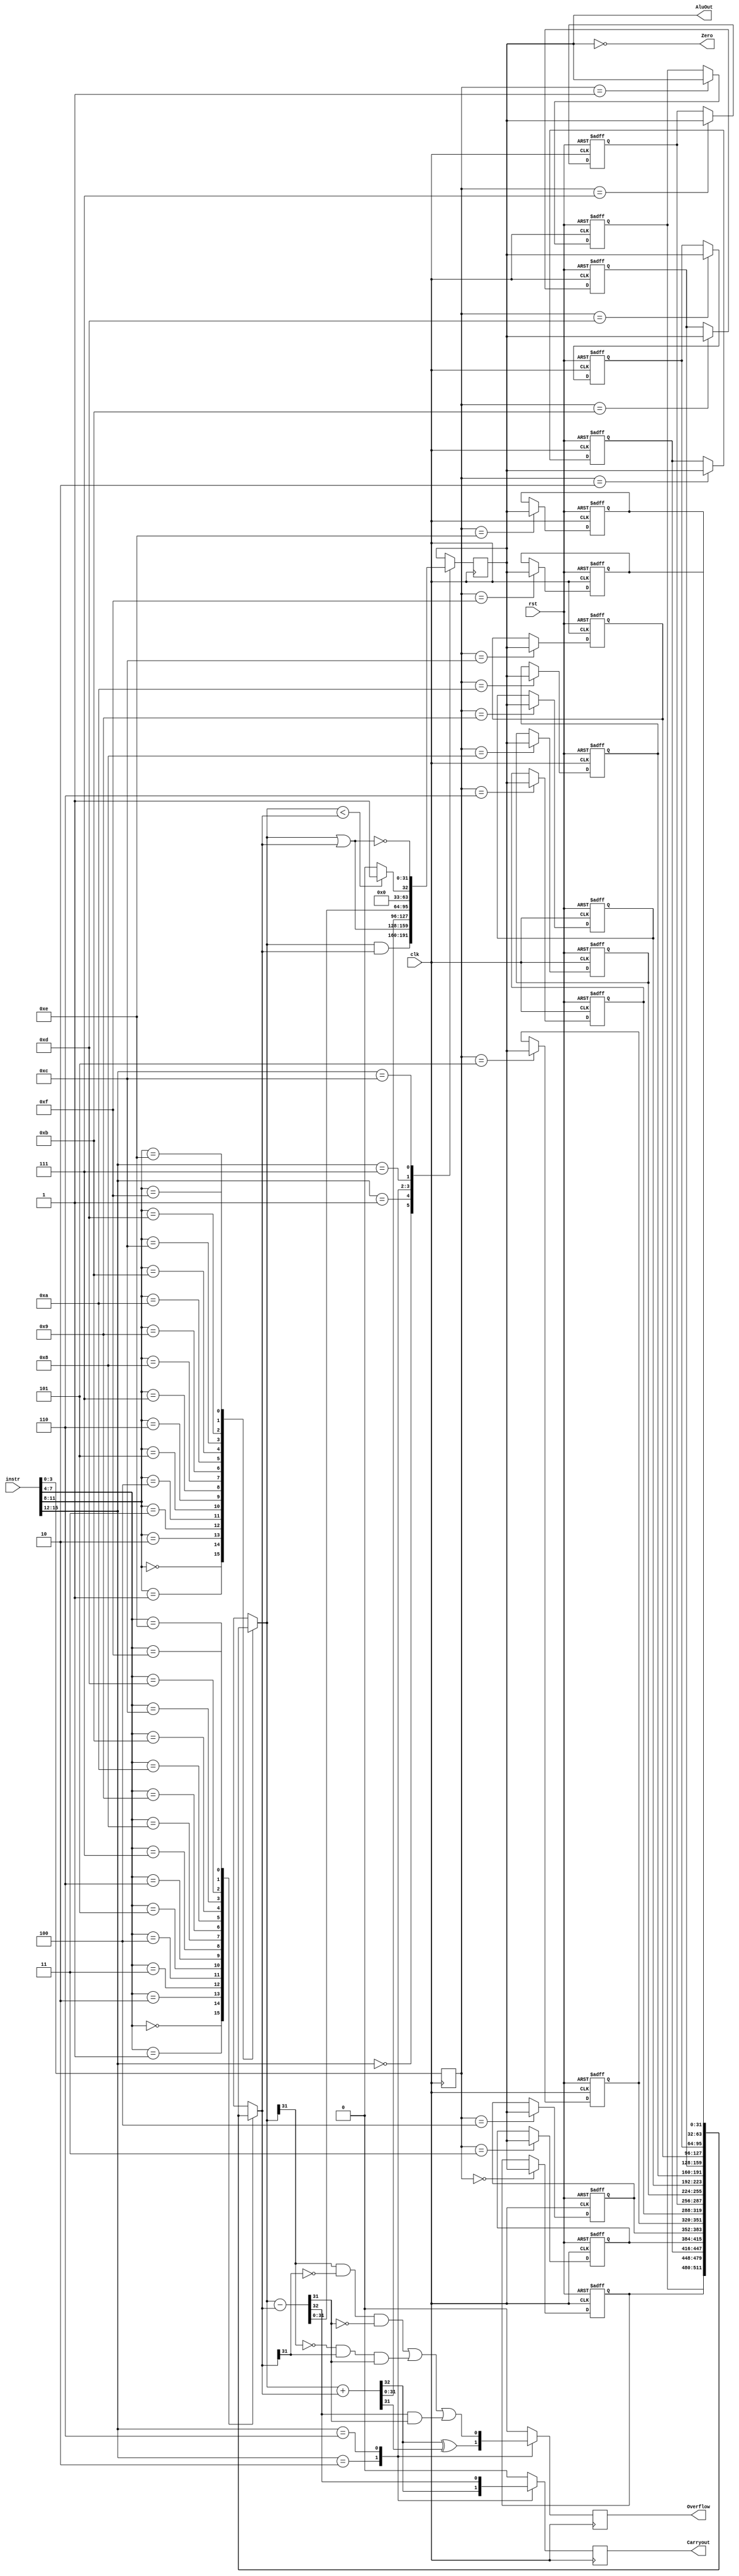
module pipealu(instr,AluOut, Zero,clk,Carryout,Overflow,rst);
	input [15:0] instr;
	input clk;
	input rst;
	output reg [31:0] AluOut;
	output Zero;
	output reg Carryout;
	output reg Overflow;
	wire [31:0] IFID_A;
	wire [31:0] IFID_B;
	wire [3:0] IFID_ALU_ctl;
	wire [3:0] IFID_dest;
	reg [31:0] EX_A;
	reg [31:0] EX_B;
	reg [3:0] EX_ALU_ctl;
	reg [3:0] EX_dest;
	reg [31:0] regfile[15:0];
	
	assign IFID_ALU_ctl = instr[15:12];
	assign IFID_A = regfile[instr[11:8]];
	assign IFID_B = regfile[instr[7:4]];
	assign IFID_dest = instr[3:0];
	assign Zero = (AluOut==0);
	
	
	always@(posedge clk or negedge rst)//first stage
	begin
	if(!rst)
		begin
			regfile[0] <= 32'd1;
			regfile[1] <= 32'd2;
			regfile[2] <= 32'd3;
			regfile[3] <= 32'd4;
			regfile[4] <= 32'd5;
			regfile[5] <= 32'd6;
			regfile[6] <= 32'd7;
			regfile[7] <= 32'd8;
			regfile[8] <= 32'd9;
			regfile[9] <= 32'd10;
			regfile[10] <= 32'd11;
			regfile[11] <= 32'd12;
			regfile[12] <= 32'd13;
			regfile[13] <= 32'd14;
			regfile[14] <= 32'd15;
			regfile[15] <= 32'd16;
		end
	else
		begin
			regfile[EX_dest] <= AluOut;
		end
	end

	always@(posedge clk)
	begin
		EX_ALU_ctl = IFID_ALU_ctl;
		EX_A = IFID_A;
		EX_B = IFID_B;
		EX_dest = IFID_dest;
		case(IFID_ALU_ctl)
			0: 
			begin
				AluOut = EX_A & EX_B;
				Carryout = 0;
				Overflow = 0;
			end 
			1: 
			begin
				AluOut = EX_A | EX_B;
				Carryout = 0;
				Overflow = 0;
			end
			2: 
			begin
				{Carryout,AluOut} = EX_A + EX_B;
				Overflow = Carryout ^ AluOut[31];
			end
			6: 
			begin
				{Carryout,AluOut} = EX_A - EX_B;
				Overflow=((EX_A[31]&!EX_B[31])&!AluOut[31])
						|((!EX_A[31]&EX_B[31])&AluOut[31])
						|Carryout&AluOut[31];
			end
			7:
			begin
				AluOut = EX_A < EX_B ? 1 : 0;
				Carryout = 0;
				Overflow = 0;
			end
			12:
			begin
				AluOut = ~(EX_A | EX_B);
				Carryout = 0;
				Overflow = 0;
			end
			default:
			begin
				Carryout = 0;
				Overflow = 0;
			end
		endcase
	end
	
endmodule